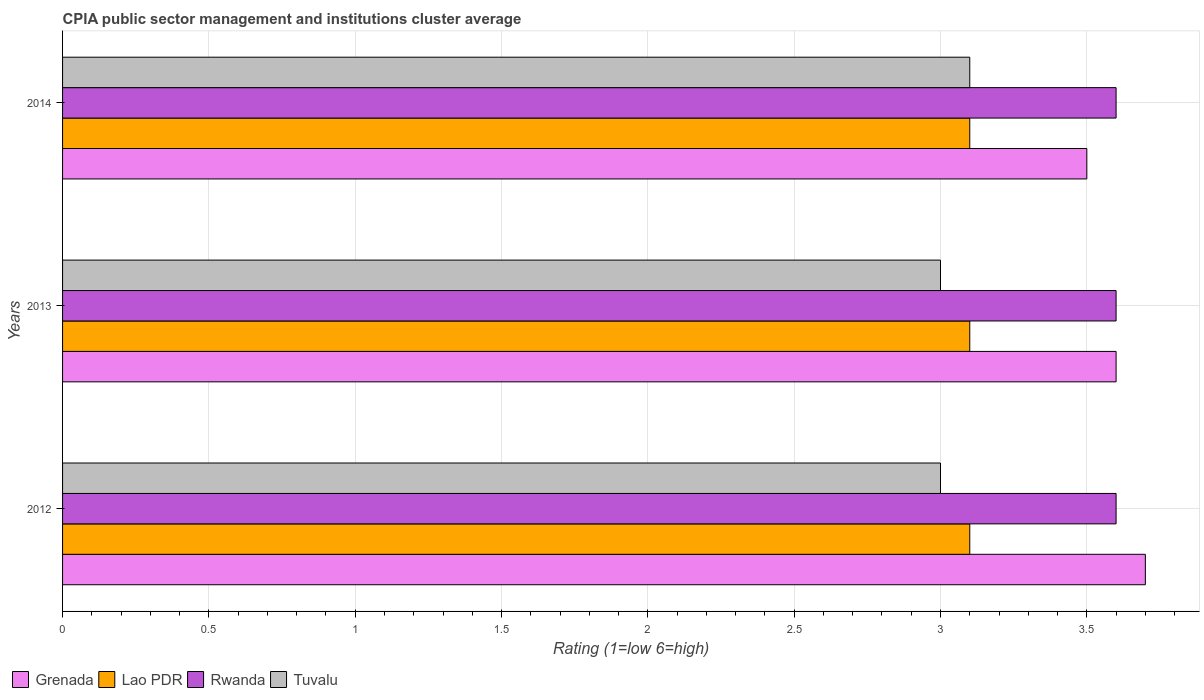
| Years | Grenada | Lao PDR | Rwanda | Tuvalu |
 | --- | --- | --- | --- | --- |
 | 2012 | 3.7 | 3.1 | 3.6 | 3 |
 | 2013 | 3.6 | 3.1 | 3.6 | 3 |
 | 2014 | 3.5 | 3.1 | 3.6 | 3.1 |